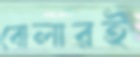
বোলারই